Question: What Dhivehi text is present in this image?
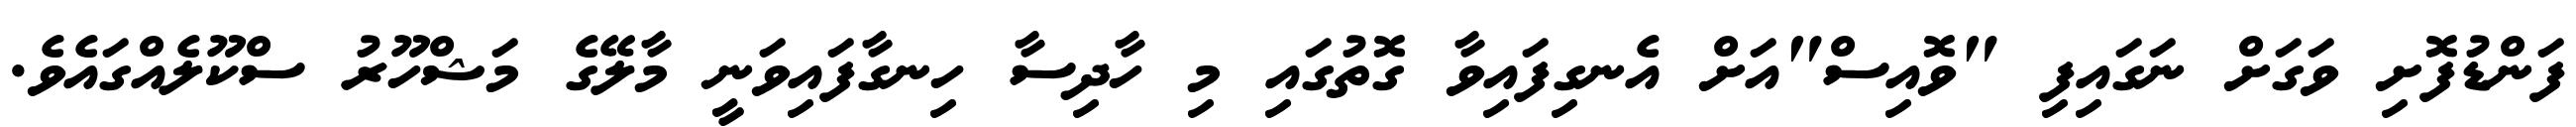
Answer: ފަންޑުފޮށި ވަގަށް ނަގައިފި "ވޮއިސް"އަށް އެނގިފައިވާ ގޮތުގައި މި ހާދިސާ ހިނގާފައިވަނީ މާލޭގެ މަޝްހޫރު ސްކޫލެއްގައެވެ.